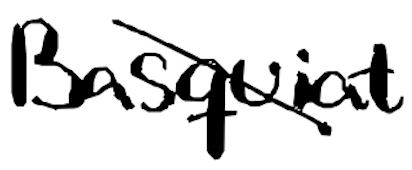
Text: Basquiat
Cross-out: diagonal
Writing tool: digital_black